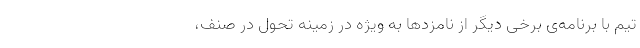
تیم با برنامه‌ی برخی دیگر از نامزدها به ویژه در زمینه تحول در صنف،